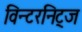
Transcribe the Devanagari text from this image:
विन्टरनिट्ज